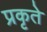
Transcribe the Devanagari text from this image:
प्रकृते